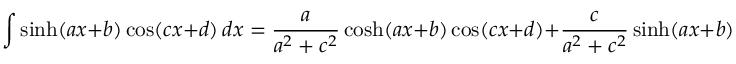
\int \sinh ( a x + b ) \cos ( c x + d ) \, d x = { \frac { a } { a ^ { 2 } + c ^ { 2 } } } \cosh ( a x + b ) \cos ( c x + d ) + { \frac { c } { a ^ { 2 } + c ^ { 2 } } } \sinh ( a x + b ) \sin ( c x + d ) + C